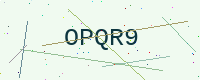
Text: OPQR9